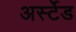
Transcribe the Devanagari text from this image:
अर्स्टेड